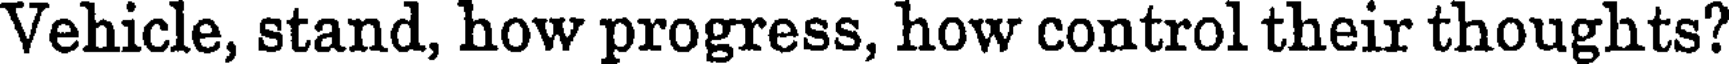
Vehicle, stand, how progress, how control their thoughts?